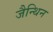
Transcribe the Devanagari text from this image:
जैन्थिन